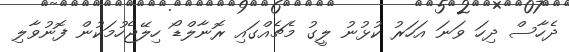
ދެހާސް ދިހަ ވަނަ އަހަރު ކުޅުނު ލީގު މެޗެއްގައި ރޮނާލްޑޯ ހިލޭޖެހުމަކުން ފޮނުވާލި